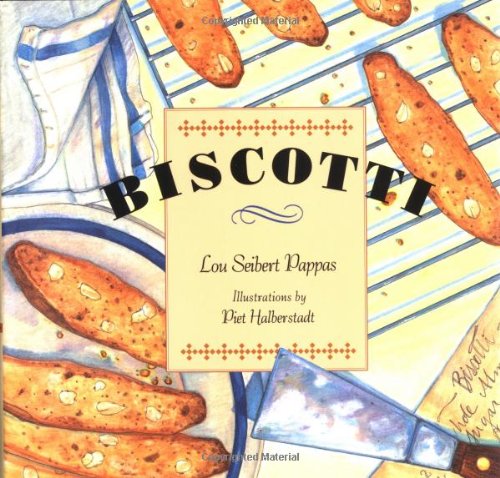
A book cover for Biscotti; Lou Seibert; Cookbooks, Food & Wine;